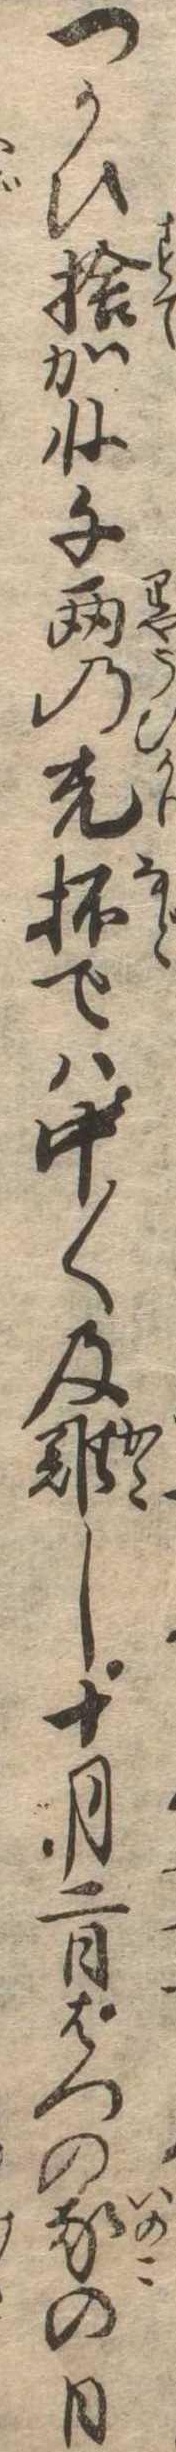
つかひ捨がね千両の光坏では中〱及難し十月二日はつの豕の日